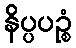
နိပ္ပပဉ္စံ